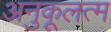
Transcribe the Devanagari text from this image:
अनुकूलत्म